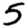
Digit: 5